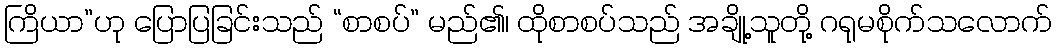
ကြိယာ”ဟု ပြောပြခြင်းသည် “စာစပ်” မည်၏၊ ထိုစာစပ်သည် အချို့သူတို့ ဂရုမစိုက်သလောက်